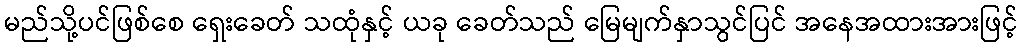
မည်သို့ပင်ဖြစ်စေ ရှေးခေတ် သထုံနှင့် ယခု ခေတ်သည် မြေမျက်နှာသွင်ပြင် အနေအထားအားဖြင့်